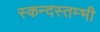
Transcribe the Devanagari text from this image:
स्कन्दस्तम्भी